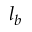
l _ { b }